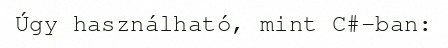
Úgy használható, mint C#-ban: